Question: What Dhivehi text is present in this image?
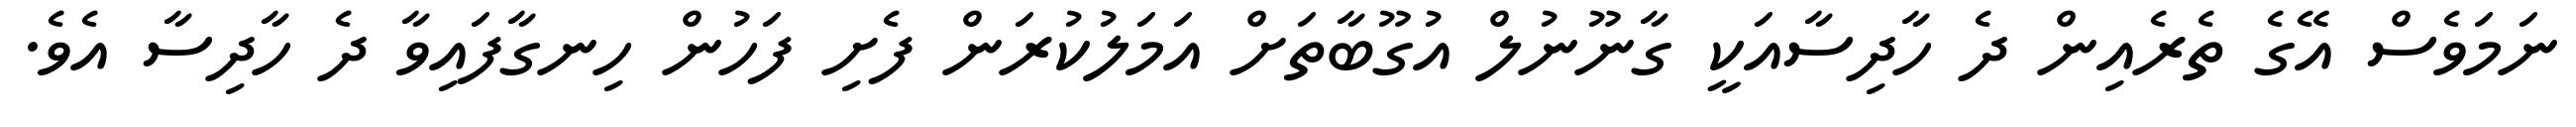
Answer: ނަމަވެސް އޭގެ ތެރެއިން ދެ ހާދިސާއަކީ ގާނޫނުލް އުގޫބާތަށް އަމަލުކުރަން ފެށި ފަހުން ހިނގާފައިވާ ދެ ހާދިސާ އެވެ.